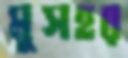
মুসহর